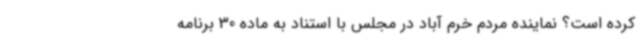
کرده است؟ نماینده مردم خرم آباد در مجلس با استناد به ماده 30 برنامه